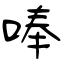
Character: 唪